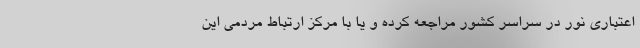
اعتباری نور در سراسر کشور مراجعه کرده و یا با مرکز ارتباط مردمی این